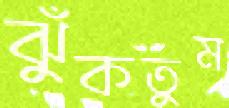
ঝুঁকতুম